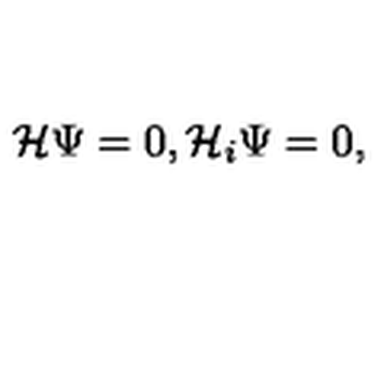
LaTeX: { \mathcal { H } } \Psi = 0 , { \mathcal { H } } _ { i } \Psi = 0 ,